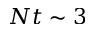
N t \sim 3